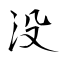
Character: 没